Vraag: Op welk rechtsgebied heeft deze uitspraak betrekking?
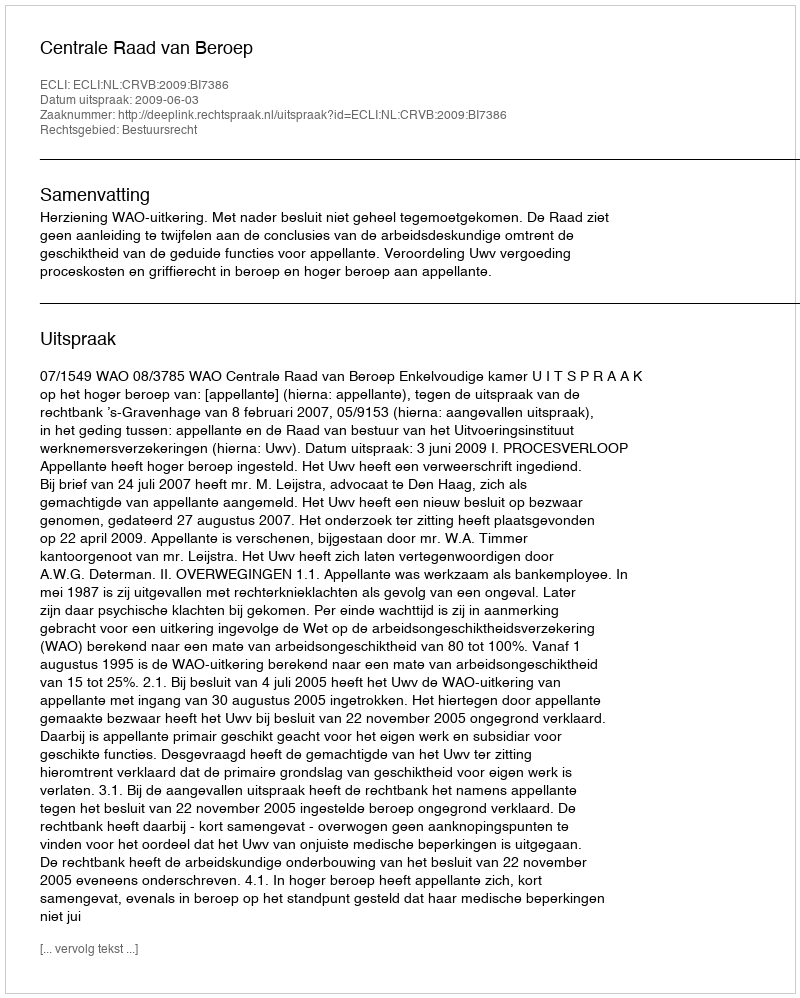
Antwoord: Bestuursrecht